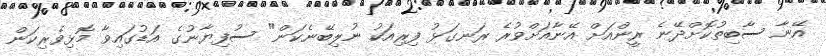
އޭނާ ސާބިތުކޮށްދޭނެ ރީންއަށް އޭނާއަށްވުރެ ރަނގަޅު ފިރިއަކު ނުލިބޭނެކަން" ސުފިޔާނުގެ އަޑުގައިވާ މޮޅިވެރިކަން